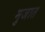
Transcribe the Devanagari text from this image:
मुजात